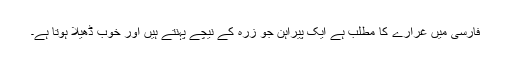
فارسی میں غرارے کا مطلب ہے ایک پیراہن جو زرہ کے نیچے پہنتے ہیں اور خوب ڈھیلا ہوتا ہے۔